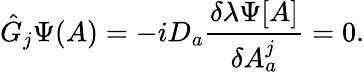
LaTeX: {\hat{G}}_{j}\Psi(A)=-iD_{a}{\frac{\delta\lambda\Psi[A]}{\delta A_{a}^{j}}}=0.